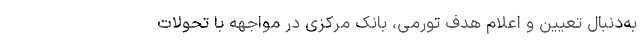
به‌دنبال تعیین و اعلام هدف تورمی، بانک مرکزی در مواجهه با تحولات